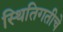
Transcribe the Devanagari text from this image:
स्थितिगतीचे